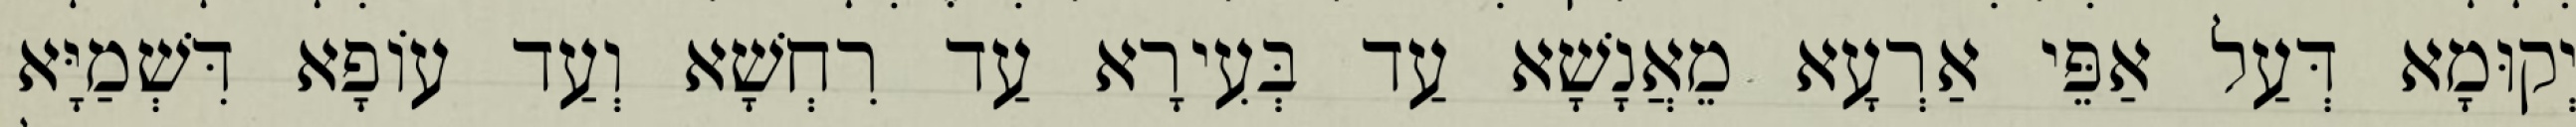
יְקוּמָא דְּעַל אַפֵּי אַרְעָא מֵאֲנָשָׁא עַד בְּעִירָא עַד רִחְשָׁא וְעַד עוֹפָא דִּשְׁמַיָּא